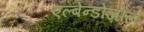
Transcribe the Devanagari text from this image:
एल्बेन्डोज़ोल